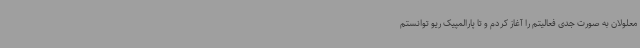
معلولان به صورت جدی فعالیتم را آغاز کردم و تا پارالمپیک ریو توانستم